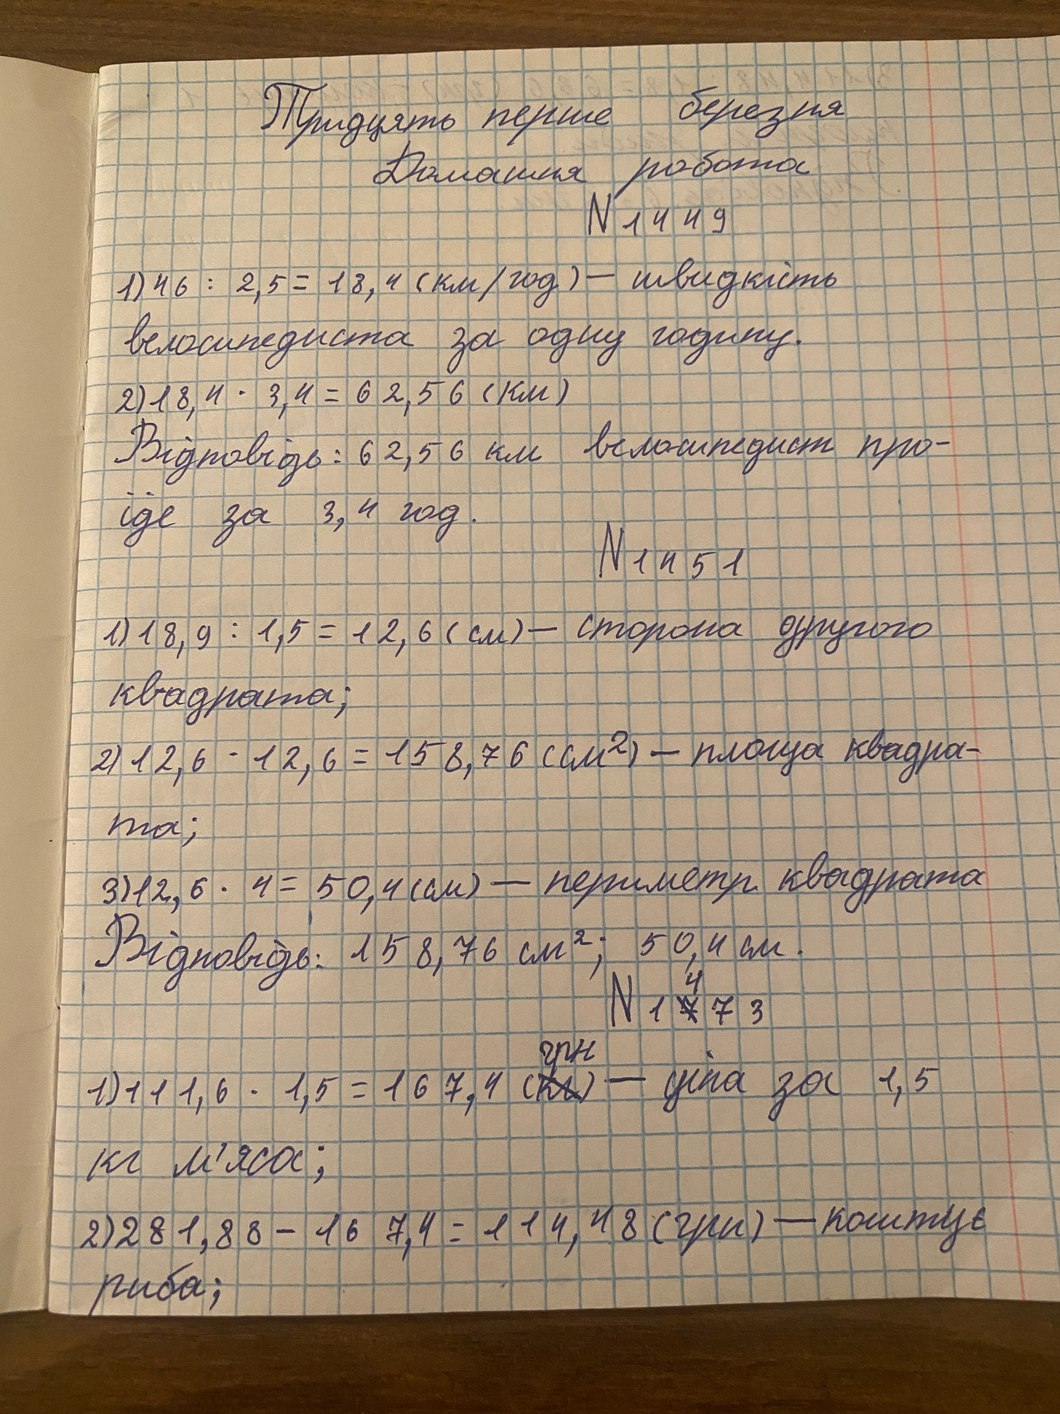
Тридцять перше березня
Домашня робота
N 1449
1) 46 : 2,5 = 18,4 (км/год) - швидкість
велосипедиста за одну годину.
2) 18,4 · 3,4 = 62,56 (км)
Відповідь: 62,56 км велосипедист про-
їде за 3, 4 год.
N1451
1) 18,9 : 1,5 = 12,6 (см) - сторона другого
квадрата;
2) 12,6 * 12,6 = 158,76 (см^2) - площа квадра-
та;
3) 12,6 · 4 = 50,4 (см) — периметр квадрата
Відповідь: 158,76 см²; 50,4 см.
N 1 ~~7~~ 4 7 3
1) 111,6 · 1,5 = 167,4 ~~кг~~ {грн} — ціна за 1,5
кг м'яса;
2) 281,88 - 167,4 = 114,48 (грн) - коштує
риба;